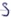
Text: S